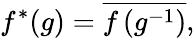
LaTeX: f^{*}(g)={\overline{{f\left(g^{-1}\right)}}},